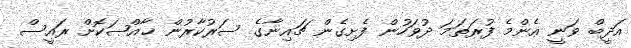
އަދީބް ވަނީ އެންމެ ފުރަތަމަ ދުވަހުން ފެށިގެން ޗައިނާގެ ސަރުކާރުން ޚާއްޞަކޮށް ރައީސް